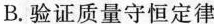
B.验证质量守恒定律